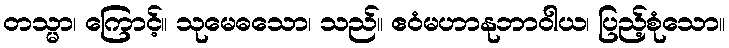
တသ္မာ၊ ကြောင့်။ သုမေဓသော၊ သည်။ ဧဝံမဟာနုဘာဝါယ၊ ပြည့်စုံသော။